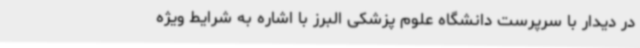
در دیدار با سرپرست دانشگاه علوم پزشکی البرز با اشاره به شرایط ویژه